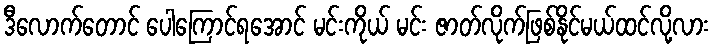
ဒီလောက်တောင် ပေါကြောင်ရအောင် မင်းကိုယ် မင်း ဇာတ်လိုက်ဖြစ်နိုင်မယ်ထင်လို့လား